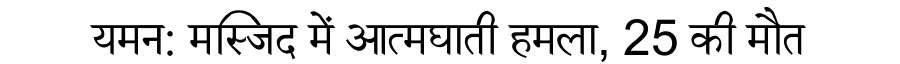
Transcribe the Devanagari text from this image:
यमन: मस्जिद में आत्मघाती हमला, 25 की मौत